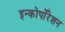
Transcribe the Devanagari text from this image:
इन्कोर्पाेरेशन